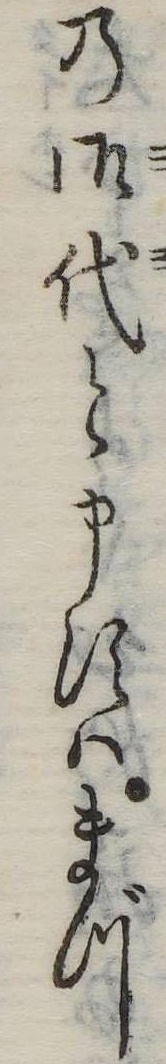
の御代と申すはまづ